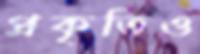
প্রকৃতিও